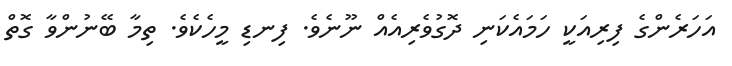
އަހަރެންގެ ފިރިއަކީ ހަމައެކަނި ދޮގުވެރިއެއް ނޫނެވެ. ފިނޑި މީހެކެވެ. ތިމާ ބޭނުންވާ ގޮތް